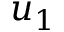
u _ { 1 }